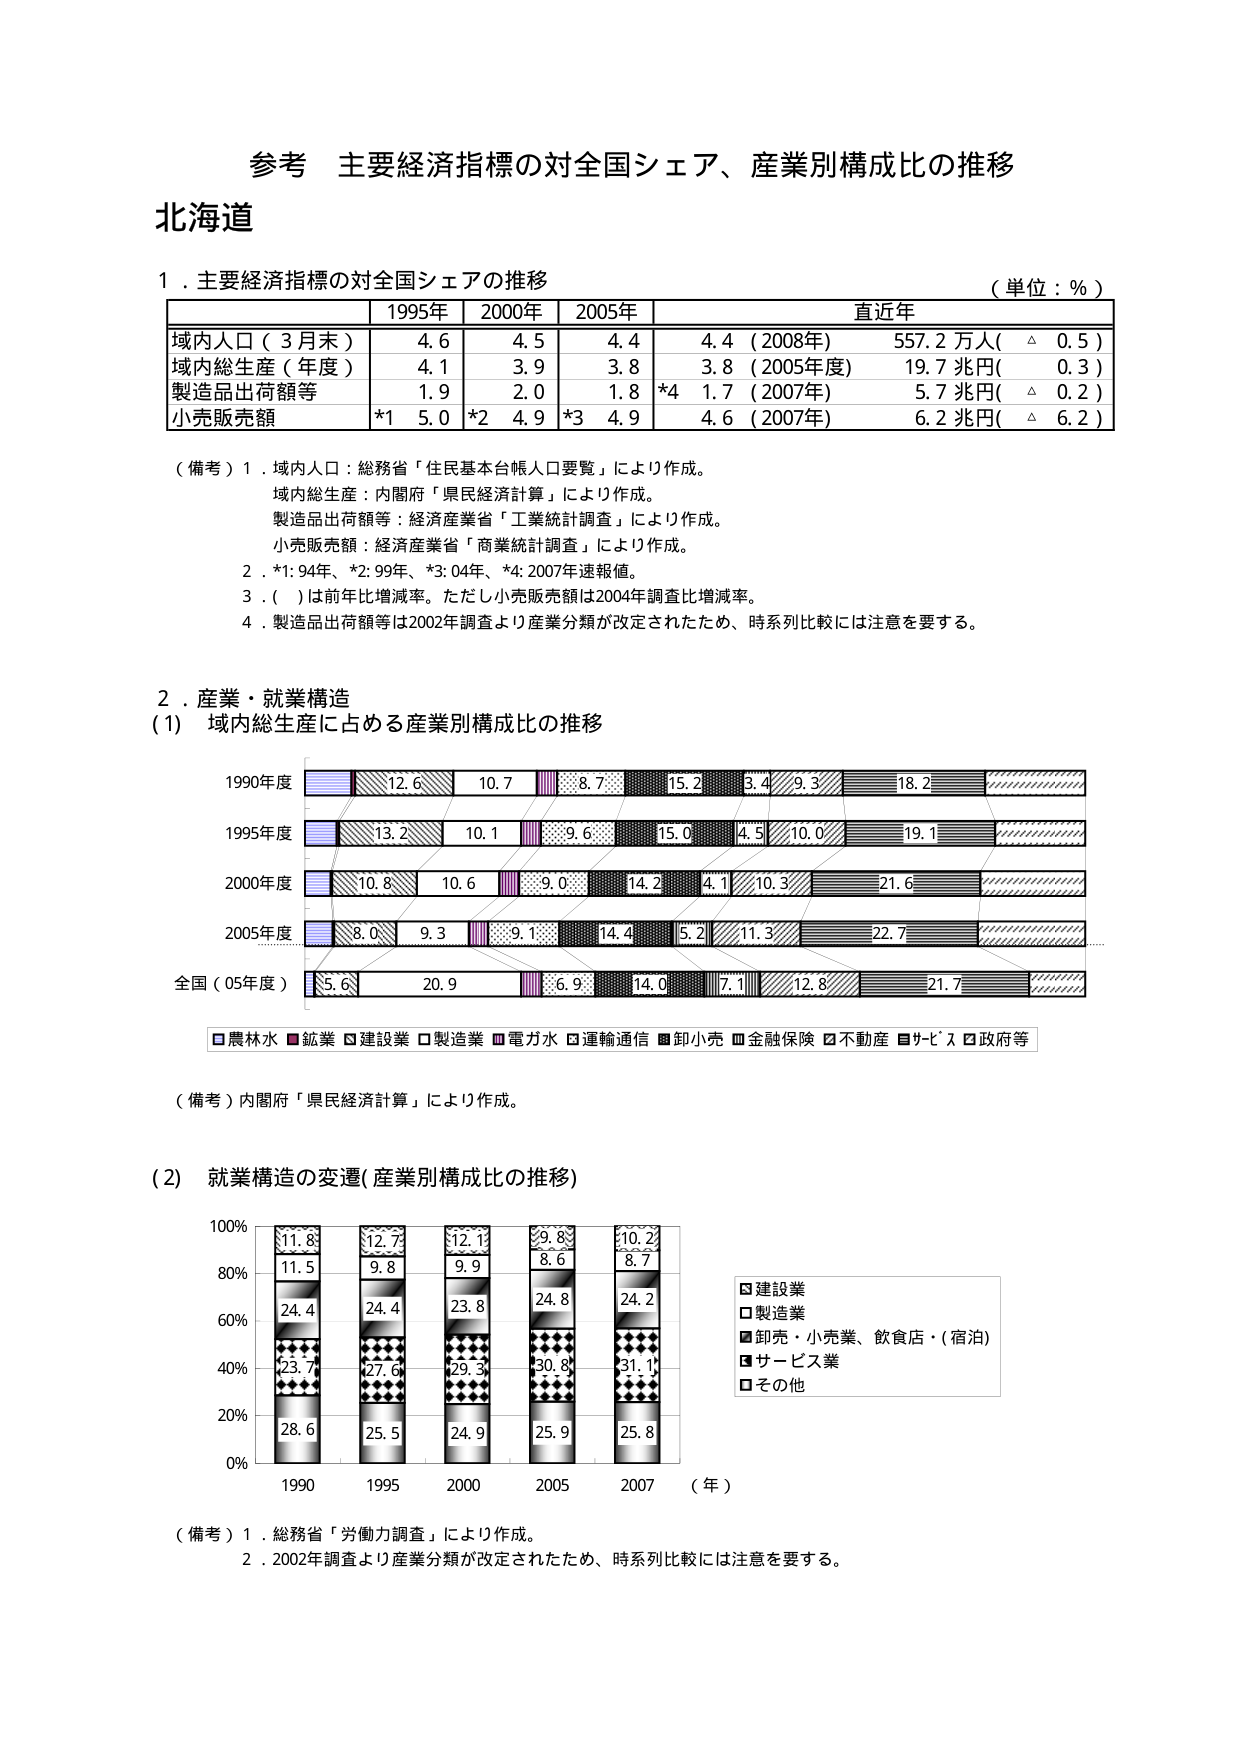
参考 主要経済指標の対全国シェア、産業別構成比の推移
北海道

１．主要経済指標の対全国シェアの推移
（単位：％）
1995年 2000年 2005年 直近年
域内人口（3月末） 4.6 4.5 4.4 4.4（2008年） 557.2万人（△0.5）
域内総生産（年度） 4.1 3.9 3.8 3.8（2005年度） 19.7兆円（0.3）
製造品出荷額等 1.9 2.0 1.8 *4 1.7（2007年） 5.7兆円（△0.2）
小売販売額 *1 5.0 *2 4.9 *3 4.9 4.6（2007年） 6.2兆円（△6.2）

（備考）1．域内人口：総務省「住民基本台帳人口要覧」により作成。
域内総生産：内閣府「県民経済計算」により作成。
製造品出荷額等：経済産業省「工業統計調査」により作成。
小売販売額：経済産業省「商業統計調査」により作成。
2．*1:94年、*2:99年、*3:04年、*4:2007年速報値。
3．（ ）は前年比増減率。ただし小売販売額は2004年調査比増減率。
4．製造品出荷額等は2002年調査より産業分類が改定されたため、時系列比較には注意を要する。

２．産業・就業構造
（1）域内総生産に占める産業別構成比の推移

1990年度
12.6 10.7 8.7 15.2 3.4 9.3 18.2

1995年度
13.2 10.1 9.6 15.0 4.5 10.0 19.1

2000年度
10.8 10.6 9.0 14.2 4.1 10.3 21.6

2005年度
8.0 9.3 9.1 14.4 5.2 11.3 22.7

全国（05年度）
5.6 20.9 6.9 14.0 7.1 12.8 21.7

□農林水 ■鉱業 □建設業 □製造業 ■電力水 □運輸通信 ■卸小売 ■金融保険 □不動産 ■サービス □政府等

（備考）内閣府「県民経済計算」により作成。

（2）就業構造の変遷（産業別構成比の推移）

100%
80%
60%
40%
20%
0%

1990 1995 2000 2005 2007 （年）

11.8
11.5
24.4
23.7
28.6

12.7
9.8
24.4
27.6
25.5

12.1
9.9
23.8
29.3
24.9

9.8
8.6
24.8
30.8
25.9

10.2
8.7
24.2
31.1
25.8

□建設業
□製造業
■卸売・小売業、飲食店・（宿泊）
■サービス業
□その他

（備考）1．総務省「労働力調査」により作成。
2．2002年調査より産業分類が改定されたため、時系列比較には注意を要する。